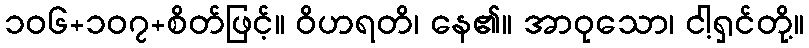
၁၀၆+၁၀၇+စိတ်ဖြင့်။ ဝိဟရတိ၊ နေ၏။ အာဝုသော၊ ငါ့ရှင်တို့။